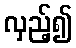
လှည့်၍